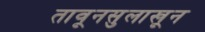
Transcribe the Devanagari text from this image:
तावूनसुलाखून